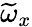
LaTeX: \widetilde{\omega}_{x}